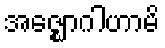
အဇ္ဈောဂါဟာမိ